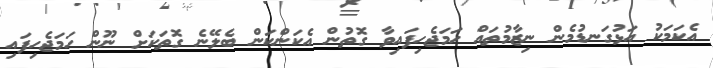
އެކަމަކު އަޅުގަނޑުމެން ނިޒާމުތައް ހަމަޖެހިފައިވާ ގޮތުން އެކަންކަން ބެލޭނެ ގޮތަކަށް ނޫން ހަމަޖެހިފައި